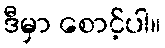
ဒီမှာ စောင့်ပါ။